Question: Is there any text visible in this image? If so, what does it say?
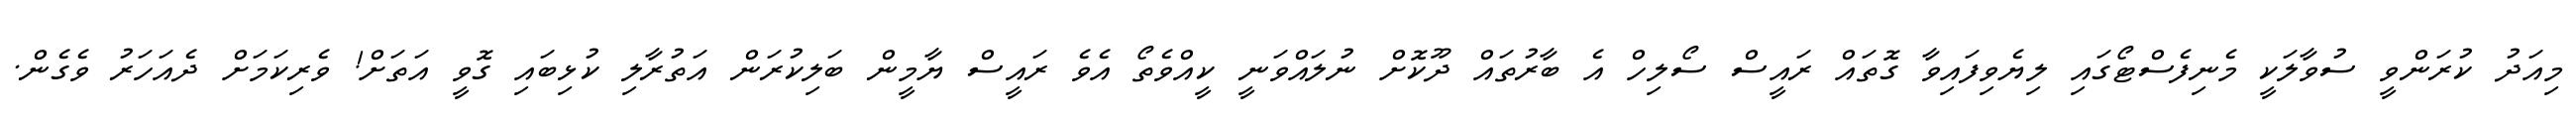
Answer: މިއަދު ކުރަންވީ ސުވާލަކީ މެނިފެސްޓޯގައި ލިޔެވިފައިވާ ގޮތައް ރައީސް ސޯލިހް އެ ބާރުތައް ދޫކޮށް ނުލައްވަނީ ކީއްވެތޯ އެވެ ރައީސް ޔާމީން ބަލިކުރަން އަތުރާލި ކުޅިބައި ގޮވީ އަތަށް! ވެރިކަމަށް ދެއަހަރު ވެގެން.